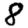
Digit: 8